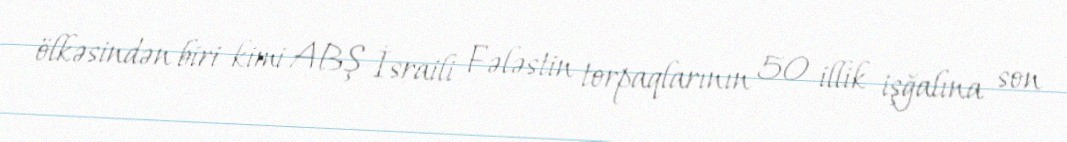
ölkəsindən biri kimi ABŞ İsraili Fələstin torpaqlarının 50 illik işğalına son